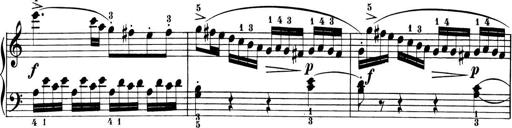
Title: 6 Piano Sonatinas
Composer: Cornelius Gurlitt